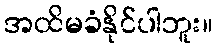
အထိမခံနိုင်ပါဘူး။